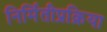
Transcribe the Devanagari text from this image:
निर्मितीप्रक्रिया